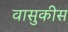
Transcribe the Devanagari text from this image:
वासुकीस